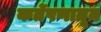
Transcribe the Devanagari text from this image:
कर्तेपणातून